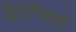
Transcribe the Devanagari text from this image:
प्लेटलेयर्स